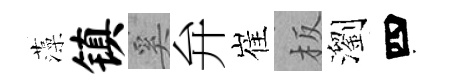
藻镇奚弁崔板瀏四